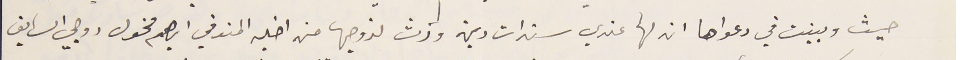
حيث وبينت في دعواها ان لها عندي سندات دين وأرث لزوجها من اخيه المتوفي ابراهيم مخول روجي السابق